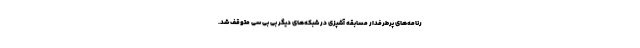
رنامه‌های پرطرفدار مسابقه آشپزی در شبکه‌های دیگر بی بی سی متوقف شد.